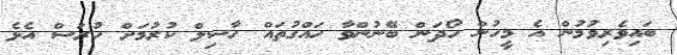
ބައިވެރިވުމުން އެ މީހުން ހޯދަން ބޭނުންވާ ހައްގުތައް ހާސިލް ކުރުމަށް ހުރަސް އެޅެ